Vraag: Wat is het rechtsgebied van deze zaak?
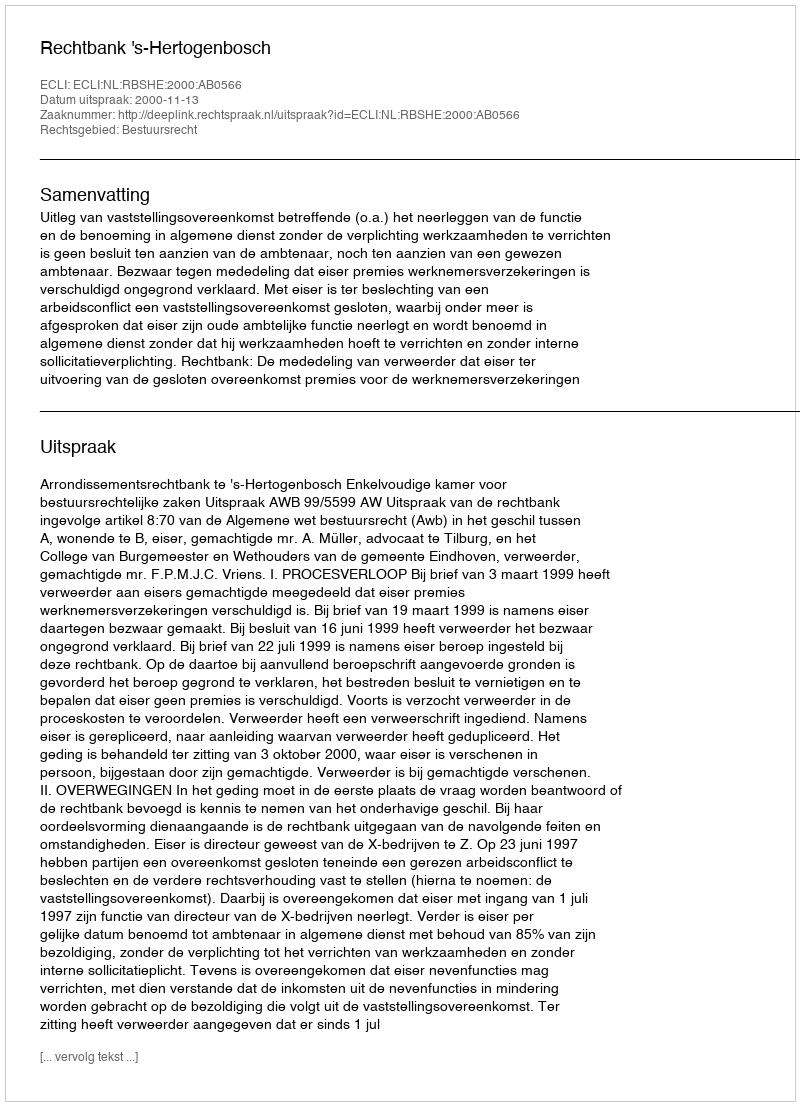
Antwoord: Bestuursrecht